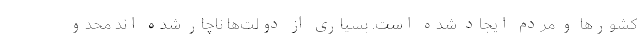
کشورها و مردم ایجاد شده است. بسیاری از دولت‌ها ناچار شده اند محدو